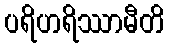
ပရိဟရိဿာမီတိ